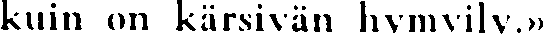
kuin on kärsivän hymyily.»